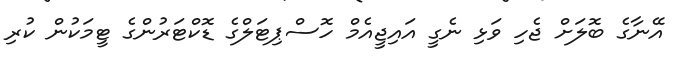
އޭނާގެ ބޮލަށް ޖެހި ވަޅި ނެގީ އައިޖީއެމް ހޮސްޕިޓަލްގެ ޑޮކްޓަރުންގެ ޓީމަކުން ކުރި